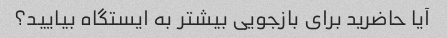
آیا حاضرید برای بازجویی بیشتر به ایستگاه بیایید؟